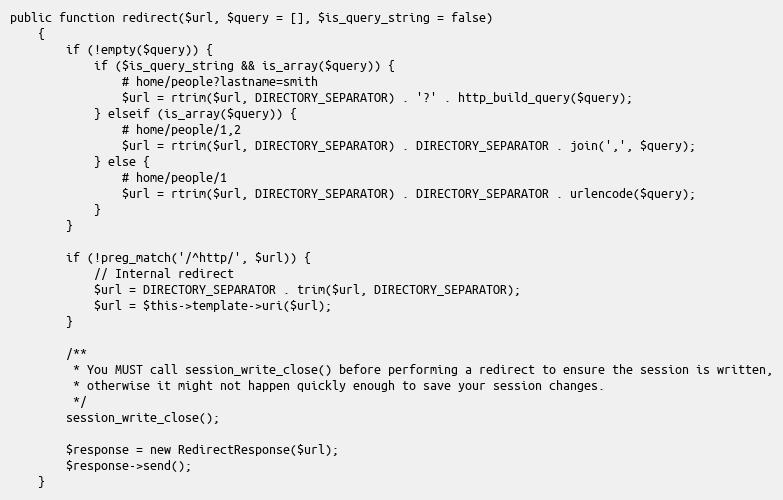
Language: PHP
public function redirect($url, $query = [], $is_query_string = false)
	{
		if (!empty($query)) {
			if ($is_query_string && is_array($query)) {
				# home/people?lastname=smith
				$url = rtrim($url, DIRECTORY_SEPARATOR) . '?' . http_build_query($query);
			} elseif (is_array($query)) {
				# home/people/1,2
				$url = rtrim($url, DIRECTORY_SEPARATOR) . DIRECTORY_SEPARATOR . join(',', $query);
			} else {
				# home/people/1
				$url = rtrim($url, DIRECTORY_SEPARATOR) . DIRECTORY_SEPARATOR . urlencode($query);
			}
		}

		if (!preg_match('/^http/', $url)) {
			// Internal redirect
			$url = DIRECTORY_SEPARATOR . trim($url, DIRECTORY_SEPARATOR);
			$url = $this->template->uri($url);
		}

		/**
		 * You MUST call session_write_close() before performing a redirect to ensure the session is written,
		 * otherwise it might not happen quickly enough to save your session changes.
		 */
		session_write_close();

		$response = new RedirectResponse($url);
		$response->send();
	}